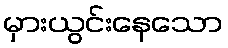
မှားယွင်းနေသော